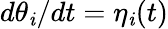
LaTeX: d\theta_{\mathit{i}}/dt=\eta_{\mathit{i}}(t)